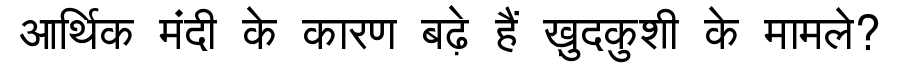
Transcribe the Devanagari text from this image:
आर्थिक मंदी के कारण बढ़े हैं ख़ुदकुशी के मामले?